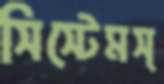
সিস্টেমস্